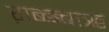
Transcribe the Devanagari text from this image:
ऱाब्ब्ब्बाॠ